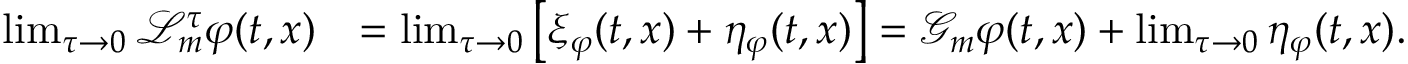
\begin{array} { r l } { \operatorname* { l i m } _ { \tau \to 0 } \mathcal { L } _ { m } ^ { \tau } \varphi ( t , x ) } & { = \operatorname* { l i m } _ { \tau \to 0 } \left[ \xi _ { \varphi } ( t , x ) + \eta _ { \varphi } ( t , x ) \right] = \mathcal { G } _ { m } \varphi ( t , x ) + \operatorname* { l i m } _ { \tau \to 0 } \eta _ { \varphi } ( t , x ) . } \end{array}